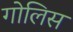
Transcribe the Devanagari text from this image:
गोलिस